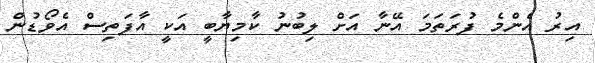
އިރު އެންމެ ފުރަތަމަ އޭނާ އަށް ލިބުނު ކާމިޔާބީ އަކީ އާފަތިސް އެވޯޑުން